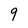
Character: 9